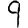
Digit: 9